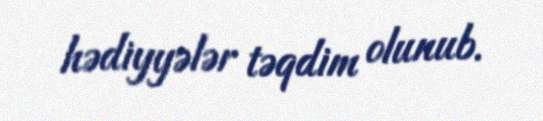
hədiyyələr təqdim olunub.